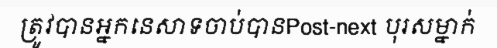
ត្រូវបានអ្នកនេសាទចាប់បានPost-next បុរសម្នាក់